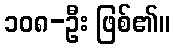
၁၀၈-ဦး ဖြစ်၏။